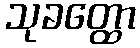
သုခတ္ထော